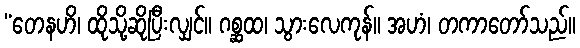
“တေနဟိ၊ ထိုသို့ဆိုပြီးလျှင်။ ဂစ္ဆထ၊ သွားလေကုန်။ အဟံ၊ တကာတော်သည်။